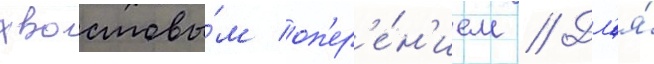
хвостовы́м оп'ер'е́н'ием // Дл'я́